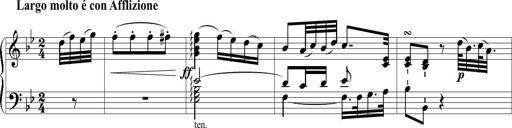
Title: 6 Leichte Sonatinen, Teil 1
Composer: F. Sigismund Sander